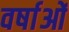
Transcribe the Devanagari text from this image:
वर्षाओं